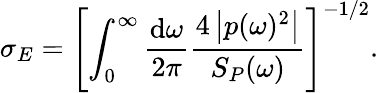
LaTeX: \sigma_{E}=\left[\int_{0}^{\infty}\frac{\mathrm{d}\omega}{2\pi}\frac{4\left|p(\omega)^{2}\right|}{S_{P}(\omega)}\right]^{-1/2}.